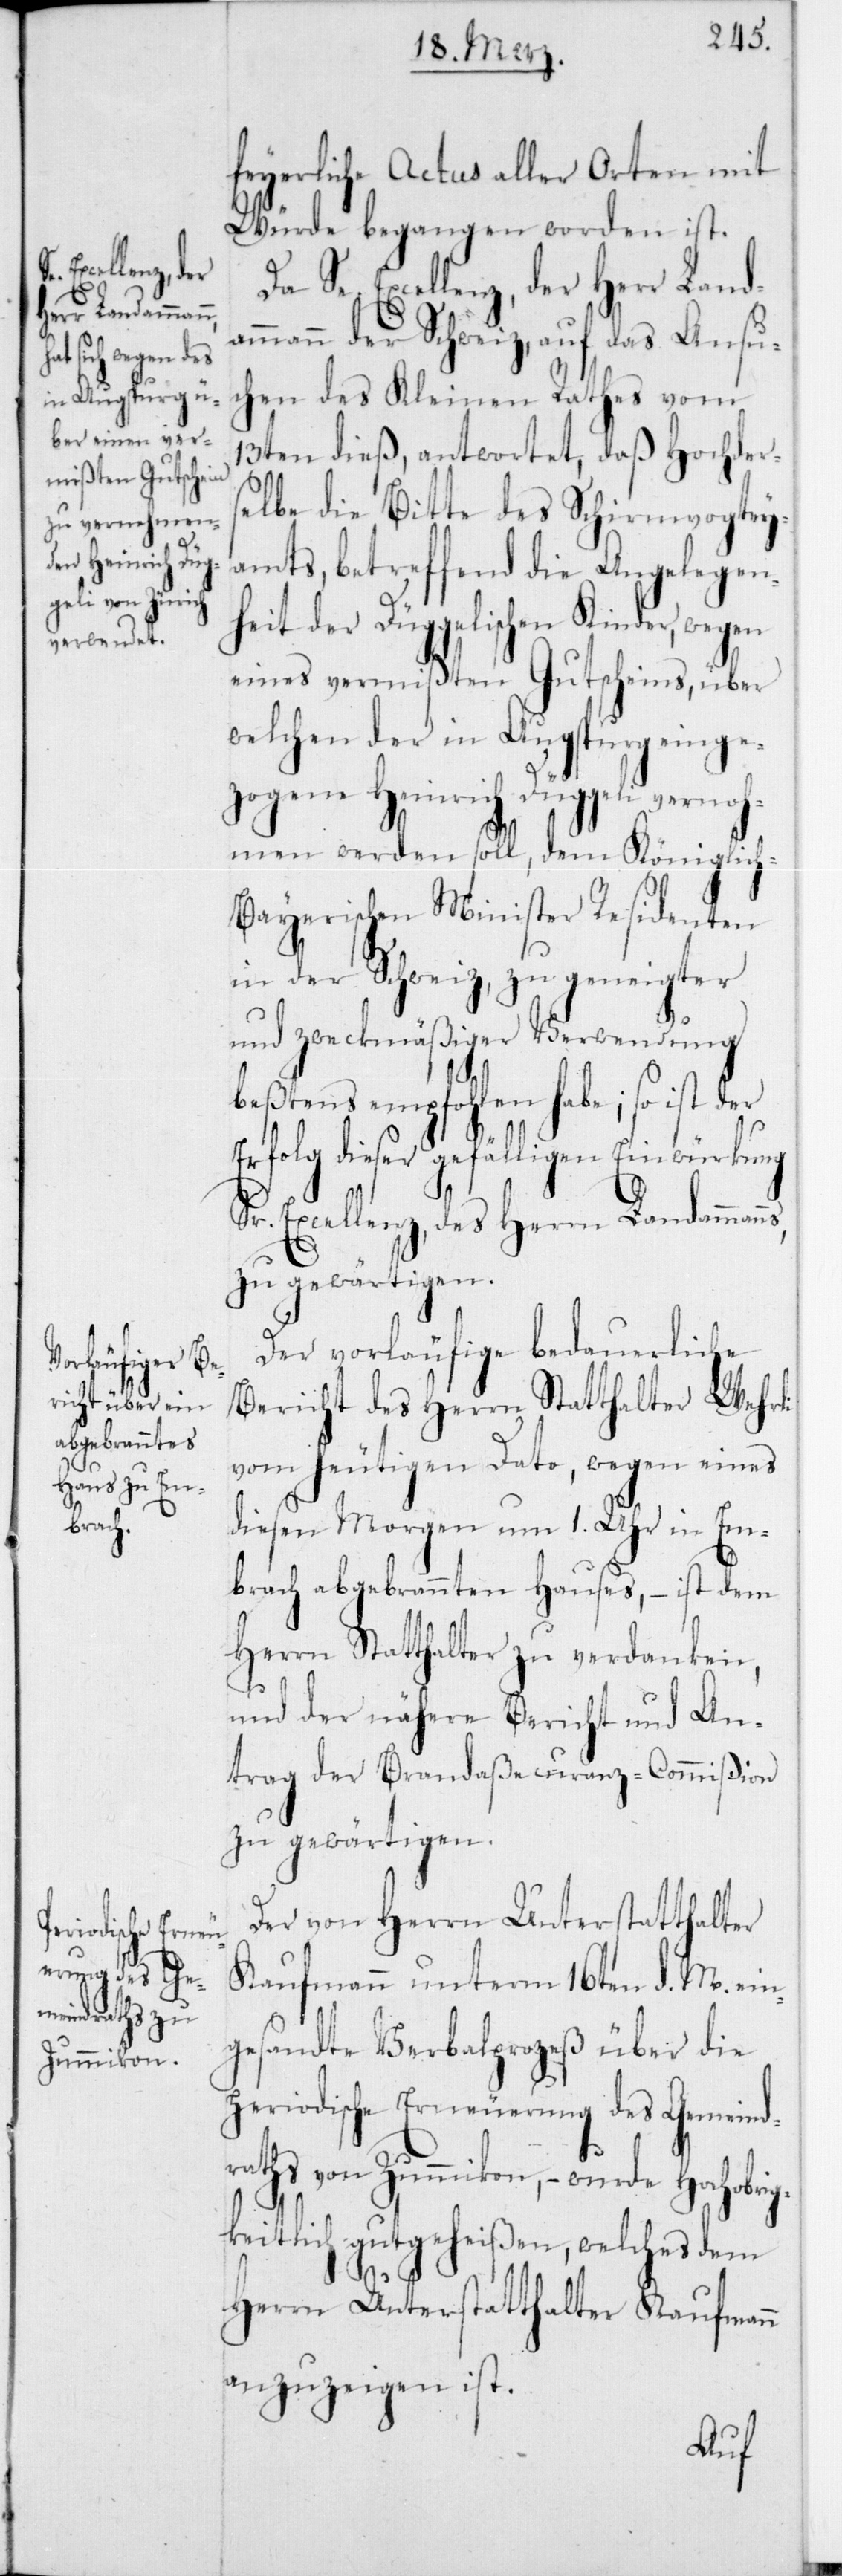
feyerliche Actus aller Orten mit
Würde begangen worden ist.
Da Se. Excellenz der Herr Landa¬
mmann der Schweiz, auf das Ansu¬
chen des Kleinen Rathes vom
13ten dieß, antwortet, daß Hochders¬
elbe die Bitte des Schirmvogtey¬
amts, betreffend die Angelegen¬
heit der Düggelischen Kinder, wegen
eines vermißten Gutscheins, über
welchen der in Augspurg einge¬
zogene Heinrich Düggeli vernoh¬
men werden soll, dem Königlich-B¬
ayerischen Minister Residenten
in der Schweiz, zu geneigter
und zweckmäßiger Verwendung
beßtens empfohlen habe; so ist der
Erfolg dieser gefälligen Einwürkung
Sr. Excellenz des Herrn Landamman¬
zu gewärtigen.
Der vorläufige bedauerliche
Bericht des Herrn Statthalter Wehrli
vom heutigen Dato, wegen eines
diesen Morgen um 1 Uhr in Em¬
brach abgebrannten Hauses, – ist dem
Herrn Statthalter zu verdanken,
und der nähere Bericht und An¬
trag der Brandaßecuranz-Commißion
zu gewärtigen.
Der von Herrn Unterstatthalter
Kaufmann unterm 16ten d. M. ein¬
gesandte Verbalprozeß über die
periodische Erneuerung des Gemeind¬
raths von Zummikon, – wurde hochobri¬
gkeitlich gutgeheißen, welches dem
ns,
Herrn Unterstatthalter Kaufmann
anzuzeigen ist.